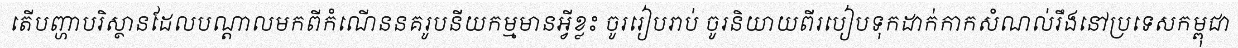
តើបញ្ហាបរិស្ថានដែលបណ្តាលមកពីកំណើននគរូបនីយកម្មមានអ្វីខ្លះ ចូររៀបរាប់ ចូរនិយាយពីរបៀបទុកដាក់កាកសំណល់រឹងនៅប្រទេសកម្ពុជា